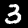
Digit: 3